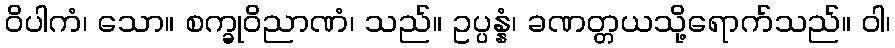
ဝိပါကံ၊ သော။ စက္ခုဝိညာဏံ၊ သည်။ ဥပ္ပန္နံ၊ ခဏတ္တယသို့ရောက်သည်။ ဝါ၊